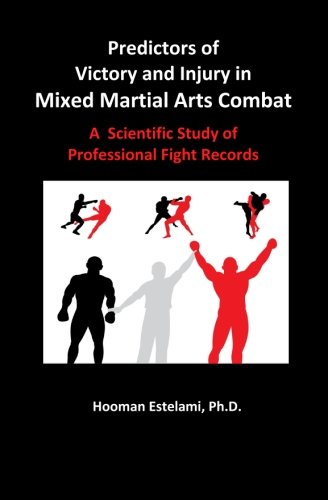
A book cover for Predictors of Victory and Injury in Mixed Martial Arts Combat: A Scientific Study of Professional Fight Records; Hooman Estelami; Sports & Outdoors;